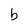
Character: b